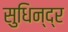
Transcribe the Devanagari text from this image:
सुधिन्द्र